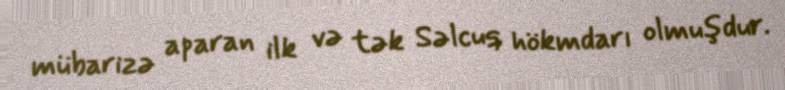
mübarizə aparan ilk və tək Səlcuq hökmdarı olmuşdur.